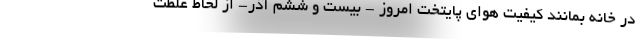
در خانه بمانند کیفیت هوای پایتخت امروز - بیست و ششم آذر- از لحاظ غلظت